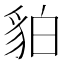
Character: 貃